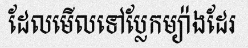
ដែលមើលទៅប្លែកម្យ៉ាងដែរ